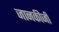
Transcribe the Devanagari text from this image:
जानकीजी